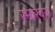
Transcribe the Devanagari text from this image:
रम्यरचना